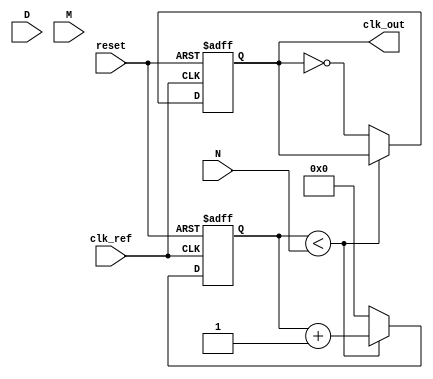
module frac_n_pll (
    input wire clk_ref,         // Reference clock input
    input wire reset,          // Asynchronous reset
    input wire [N_WIDTH-1:0] N, // Integer division factor
    input wire [D_WIDTH-1:0] D, // Numerator for fractional division
    input wire [M_WIDTH-1:0] M, // Denominator for fractional division
    output wire clk_out         // Output clock
);

// Parameters
parameter N_WIDTH = 8; // Width of integer division factor
parameter D_WIDTH = 8; // Width of numerator
parameter M_WIDTH = 8; // Width of denominator
parameter VCO_MAX_FREQ = 100; // Maximum VCO frequency in MHz
parameter VCO_MIN_FREQ = 10;  // Minimum VCO frequency in MHz

// Internal signals
reg [N_WIDTH-1:0] count; // Counter for frequency division
reg [N_WIDTH-1:0] vco_freq; // VCO frequency
reg phase_error; // Phase error signal
reg [15:0] control_voltage; // Control voltage for VCO
reg clk_div; // Divided clock output

// Phase Detector (PD)
always @(posedge clk_ref or posedge reset) begin
    if (reset) begin
        phase_error <= 0;
    end else begin
        // Simple phase error detection logic (to be refined)
        phase_error <= (clk_ref ^ clk_div); // XOR for phase comparison
    end
end

// Loop Filter (LF)
always @(posedge clk_ref or posedge reset) begin
    if (reset) begin
        control_voltage <= 0;
    end else begin
        // Simple low-pass filter implementation (to be refined)
        control_voltage <= control_voltage + phase_error; // Integrate phase error
    end
end

// Voltage-Controlled Oscillator (VCO)
always @(posedge clk_ref or posedge reset) begin
    if (reset) begin
        vco_freq <= VCO_MIN_FREQ;
    end else begin
        // Control VCO frequency based on control voltage
        vco_freq <= VCO_MIN_FREQ + (control_voltage >> 2); // Example scaling
        if (vco_freq > VCO_MAX_FREQ) begin
            vco_freq <= VCO_MAX_FREQ;
        end
    end
end

// Frequency Divider
always @(posedge clk_ref or posedge reset) begin
    if (reset) begin
        count <= 0;
        clk_div <= 0;
    end else begin
        // Implementing fractional division
        if (count < N) begin
            count <= count + 1;
        end else begin
            count <= 0;
            clk_div <= ~clk_div; // Toggle divided clock
        end
    end
end

// Output clock generation
assign clk_out = clk_div;

endmodule